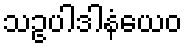
သဥပါဒါနံယေဝ